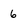
Character: 6